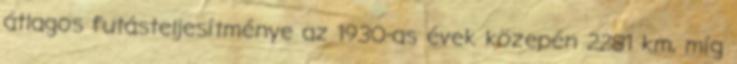
átlagos futásteljesítménye az 1930-as évek közepén 2281 km, míg